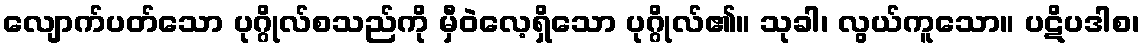
လျောက်ပတ်သော ပုဂ္ဂိုလ်စသည်ကို မှီဝဲလေ့ရှိသော ပုဂ္ဂိုလ်၏။ သုခါ၊ လွယ်ကူသော။ ပဋိပဒါစ၊